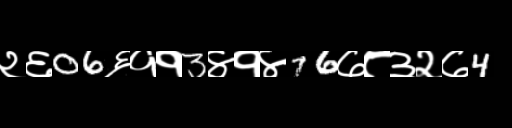
Text: २६06६११3४१४76७८३२७4